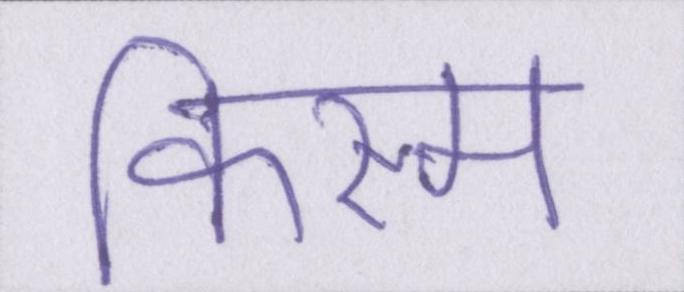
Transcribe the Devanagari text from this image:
किस्म